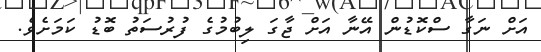
އަށް ނަގާ ސްކޮޑުން އޭނާ އަށް ޖާގަ ލިބުމުގެ ފުރުސަތު ބޮޑު ކަމަށެވެ.